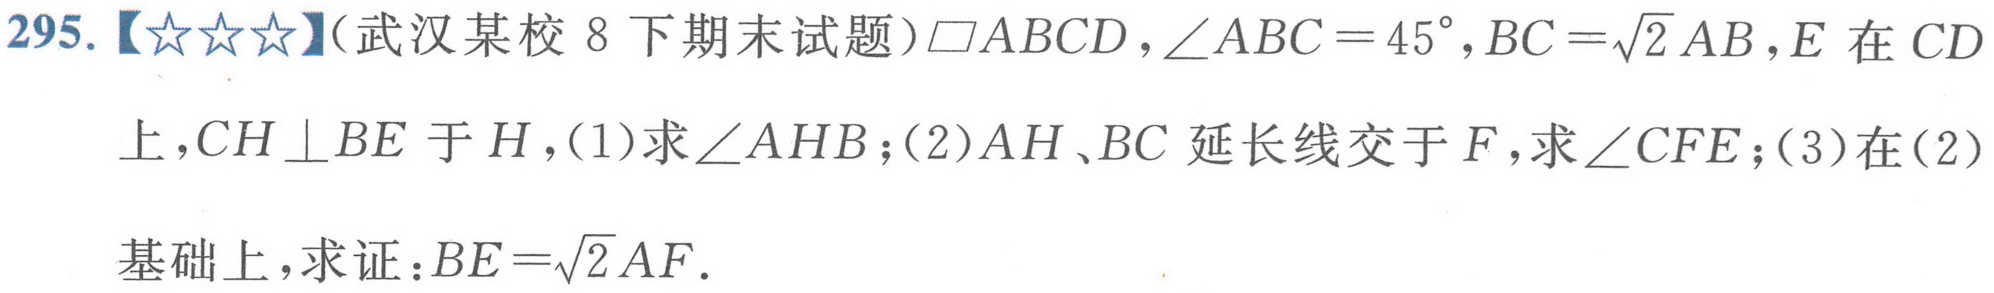
295.【★★★】(武汉某校 8 下期末试题)$\square ABCD$，$\angle ABC = 45^{\circ}$，$BC =\sqrt{2}AB$，$E$在$CD$上，$CH\perp BE$于$H$，(1)求$\angle AHB$；(2)$AH$、$BC$延长线交于$F$，求$\angle CFE$；(3)在(2)基础上，求证：$BE=\sqrt{2}AF$.